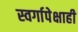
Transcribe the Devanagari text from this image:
स्वर्गापेक्षाही